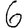
Digit: 6